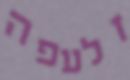
זלעפה